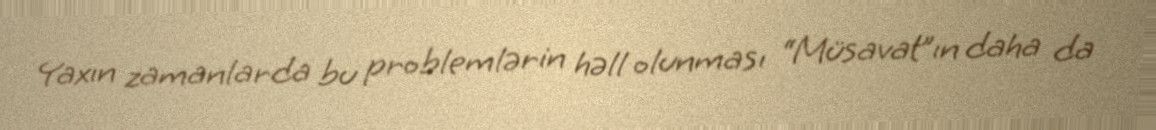
Yaxın zamanlarda bu problemlərin həll olunması “Müsavat”ın daha da